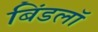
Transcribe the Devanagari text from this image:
बिंडलॉ